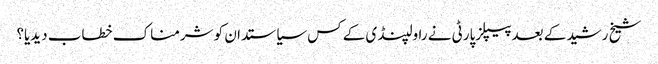
شیخ رشید کے بعدپیپلزپارٹی نے راولپنڈی کے کس سیاستدان کو شرمناک خطاب دیدیا؟